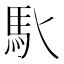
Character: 𩡬